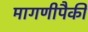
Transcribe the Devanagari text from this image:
मागणीपैकी